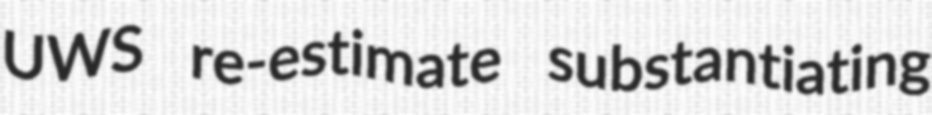
UWS re-estimate substantiating